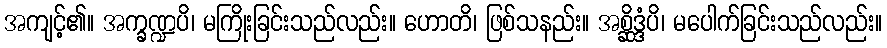
အကျင့်၏။ အက္ခဏ္ဍပိ၊ မကြိုးခြင်းသည်လည်း။ ဟောတိ၊ ဖြစ်သနည်း။ အစ္ဆိဒ္ဒံပိ၊ မပေါက်ခြင်းသည်လည်း။